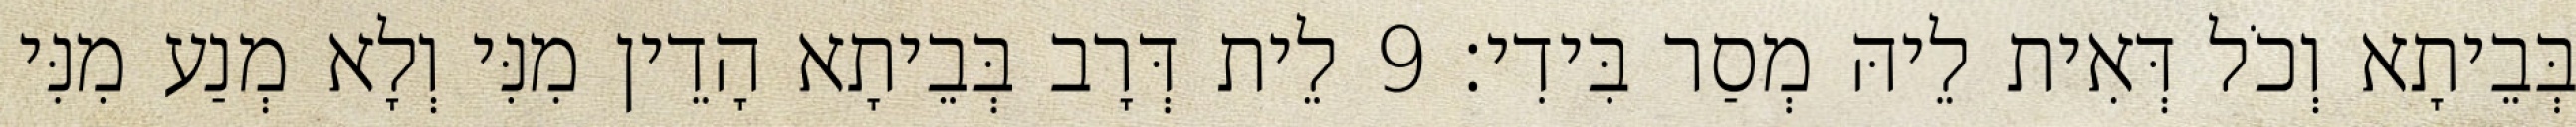
בְּבֵיתָא וְכֹל דְּאִית לֵיהּ מְסַר בִּידִי׃ 9 לֵית דְּרָב בְּבֵיתָא הָדֵין מִנִּי וְלָא מְנַע מִנִּי